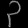
Digit: ၃